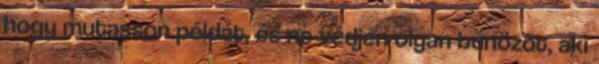
hogy mutasson példát, és ne védjen olyan bűnözőt, aki